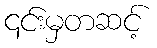
၎င်းမှတဆင့်